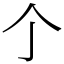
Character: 𠆤